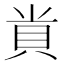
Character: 𮙲